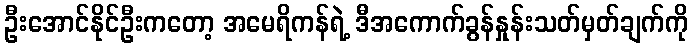
ဦးအောင်နိုင်ဦးကတော့ အမေရိကန်ရဲ့ ဒီအကောက်ခွန်နှုန်းသတ်မှတ်ချက်ကို